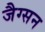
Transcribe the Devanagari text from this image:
जैग्सन